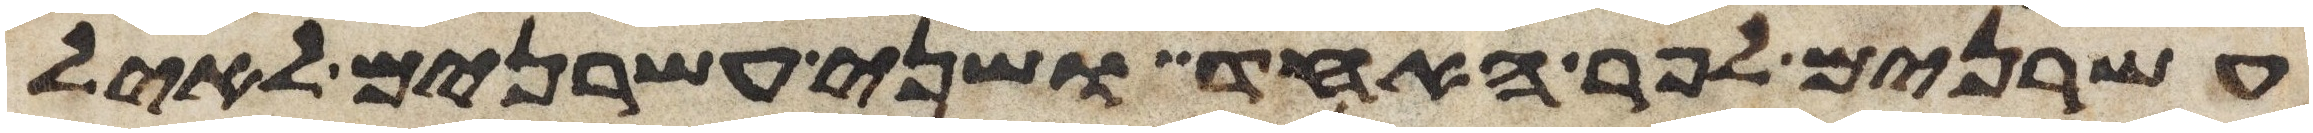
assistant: עשרנים לפר האחד ושני עשרנים לאיל